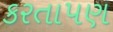
કરતાપણ